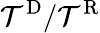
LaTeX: \mathcal{T}^{\mathrm{{D}}}/\mathcal{T}^{\mathrm{{R}}}